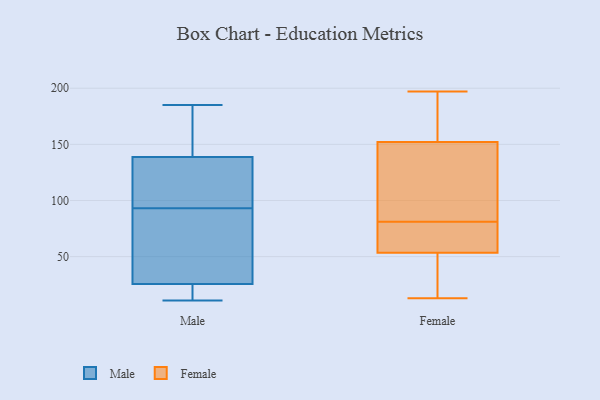
{"axis": {"x": "Temperature (°C)", "y": "Value"}, "legend": ["Female", "Male"], "data": [{"x": "", "y": 185, "type": "Male"}, {"x": "", "y": 93, "type": "Male"}, {"x": "", "y": 131, "type": "Male"}, {"x": "", "y": 109, "type": "Male"}, {"x": "", "y": 153, "type": "Male"}, {"x": "", "y": 43, "type": "Male"}, {"x": "", "y": 11, "type": "Male"}, {"x": "", "y": 29, "type": "Male"}, {"x": "", "y": 136, "type": "Male"}, {"x": "", "y": 29, "type": "Male"}, {"x": "", "y": 11, "type": "Male"}, {"x": "", "y": 147, "type": "Male"}, {"x": "", "y": 15, "type": "Male"}, {"x": "", "y": 75, "type": "Female"}, {"x": "", "y": 130, "type": "Female"}, {"x": "", "y": 78, "type": "Female"}, {"x": "", "y": 49, "type": "Female"}, {"x": "", "y": 20, "type": "Female"}, {"x": "", "y": 140, "type": "Female"}, {"x": "", "y": 189, "type": "Female"}, {"x": "", "y": 13, "type": "Female"}, {"x": "", "y": 46, "type": "Female"}, {"x": "", "y": 192, "type": "Female"}, {"x": "", "y": 67, "type": "Female"}, {"x": "", "y": 197, "type": "Female"}, {"x": "", "y": 81, "type": "Female"}, {"x": "", "y": 36, "type": "Female"}, {"x": "", "y": 153, "type": "Female"}, {"x": "", "y": 68, "type": "Female"}, {"x": "", "y": 149, "type": "Female"}, {"x": "", "y": 143, "type": "Female"}, {"x": "", "y": 175, "type": "Female"}]}